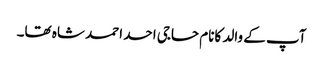
آپ کے والد کانام حاجی احد احمد شاہ تھا۔